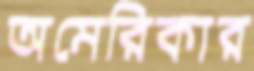
অমেরিকার